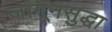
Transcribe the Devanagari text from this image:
जागूनसुद्धा